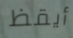
أيقظ